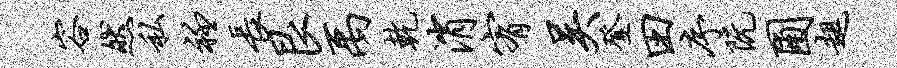
容然私衽长艮禹乾消宥吴登田序阮圃趄